Madras plague regulations in force outside the Presidency town - Volume 2
Disease focus: Plague
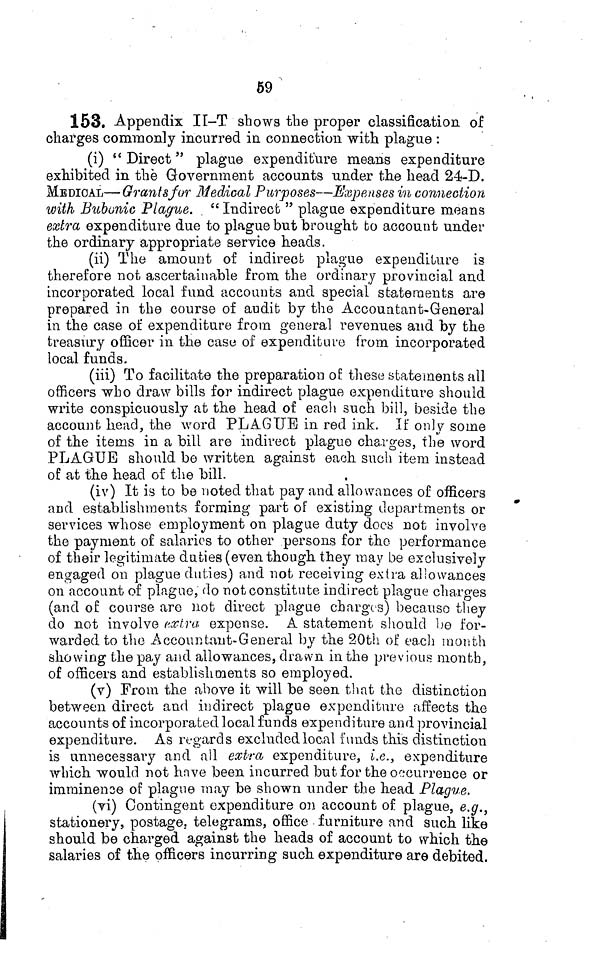
59
153. Appendix II-T shows the proper classification of
charges commonly incurred in connection with plague :
(i) " Direct " plague expenditure means expenditure
exhibited in the Government accounts under the head 24-D.
MEDICAL—Grants for Medical Purposes—Expenses in connection
with Bubonic Plague. " Indirect " plague expenditure means
extra expenditure due to plague but brought fco account under
the ordinary appropriate service heads.
(ii) The amount of indirect plague expenditure is
therefore not ascertainable from the ordinary provincial and
incorporated local fund accounts and special statements are
prepared in the course of audit by the Accountant-General
in the case of expenditure from general revenues and by the
treasury officer in the case of expenditure from incorporated
local funds.
(iii) To facilitate the preparation of these statements all
officers who draw bills for indirect plague expenditure should
write conspicuously at the head of each such bill, beside the
account head, the word PLAGUE in red ink. If only some
of the items in a bill are indirect plague charges, the word
PLAGUE should be written against each such item instead
of at the head of the bill.
(iv) It is to be noted that pay and allowances of officers
and establishments forming part of existing departments or
services whose employment on plague duty docs not involve
the payment of salaries to other persons for the performance
of their legitimate duties (even though, they may be exclusively
engaged on plague duties) and not receiving extra allowances
on account of plague, do not constitute indirect plague charges
(and of course are not direct plague charges) because they
do not involve extra- expense. A statement should be for-
warded to the Accountant-General by the 20th of each month
showing the pay and allowances, drawn in the previous month,
of officers and establishments so employed.
(v) From the above it will be seen that the distinction
between direct and indirect plague expenditure affects the
accounts of incorporated local funds expenditure and provincial
expenditure. As regards excluded local funds this distinction
is unnecessary and all extra expenditure, i.e., expenditure
which would not have been incurred but for the occurrence or
imminence of plague may be shown under the head Plague.
(vi) Contingent expenditure on account of plague, e.g.,
stationery, postage, telegrams, office furniture and such lite
should be charged against the heads of account to which the
salaries of the officers incurring such expenditure are debited.